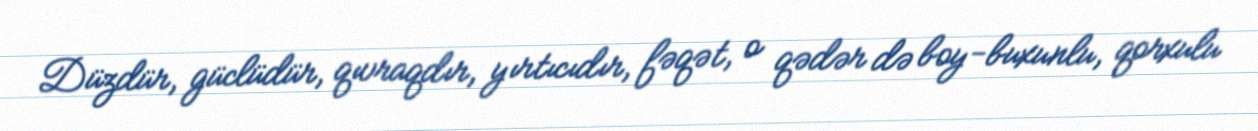
Düzdür, güclüdür, qıvraqdır, yırtıcıdır, fəqət, o qədər də boy-buxunlu, qorxulu